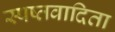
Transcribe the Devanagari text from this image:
स्पष्तवादिता